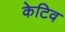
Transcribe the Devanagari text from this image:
केटिव